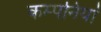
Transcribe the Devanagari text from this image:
कम्‍पनियां